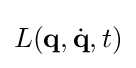
L(\mathbf {q} ,{\dot {\mathbf {q} }},t)